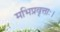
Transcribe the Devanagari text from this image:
मभिप्रवृत्ताः।